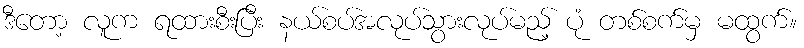
ဒီတော့ လူက ရထားစီးပြီး နယ်စပ်အလုပ်သွားလုပ်မည့် ပုံ တစ်စက်မှ မထွက်။